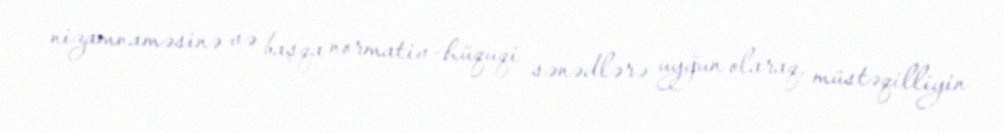
nizamnaməsinə və başqa normativ-hüquqi sənədlərə uyğun olaraq, müstəqilliyin